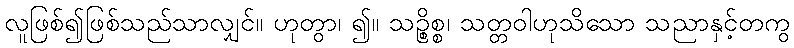
လူဖြစ်၍ဖြစ်သည်သာလျှင်။ ဟုတွာ၊ ၍။ သဉ္စိစ္စ၊ သတ္တဝါဟုသိသော သညာနှင့်တကွ